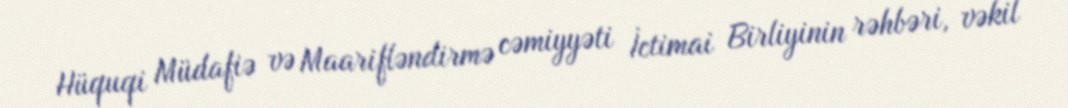
Hüquqi Müdafiə və Maarifləndirmə cəmiyyəti İctimai Birliyinin rəhbəri, vəkil